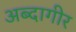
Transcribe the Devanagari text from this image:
अब्दागीर